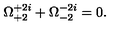
\Omega _ { + 2 } ^ { + 2 i } + \Omega _ { - 2 } ^ { - 2 i } = 0 .